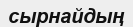
сырнайдың